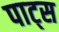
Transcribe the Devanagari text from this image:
पाट्स